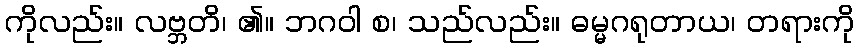
ကိုလည်း။ လဗ္ဘတိ၊ ၏။ ဘဂဝါ စ၊ သည်လည်း။ ဓမ္မဂရုတာယ၊ တရားကို